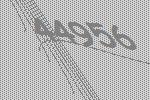
44956